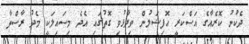
ދެކުނު ކޮރެއާގެ އަސްކަރީ އޮފިޝަލުން ވިދާޅުވި ގޮތުގައި އެދެ މިސައިލަކީ މެދު ރާސްތާ